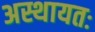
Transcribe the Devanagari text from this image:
अस्थायतः